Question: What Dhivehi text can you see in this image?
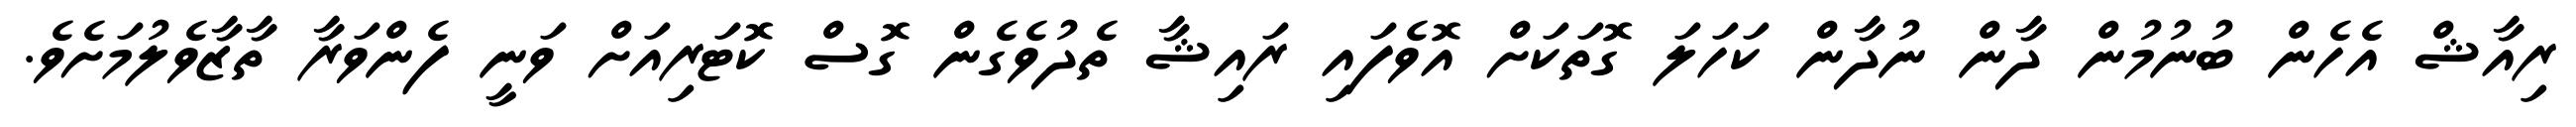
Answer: ރިއާޝް އެހެން ބުނުމުން ދާން ނުދާން ކަހަލަ ގޮތަކަށް އޮވެފައި ރައިޝާ ތެދުވެގެން ގޮސް ކޮޓަރިއަށް ވަނީ ފެންވަރާ ތާޒާވެލުމަށެވެ.